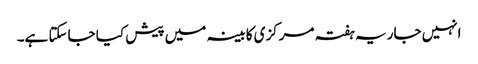
انہیں جاریہ ہفتہ مرکزی کابینہ میں پیش کیا جاسکتا ہے۔